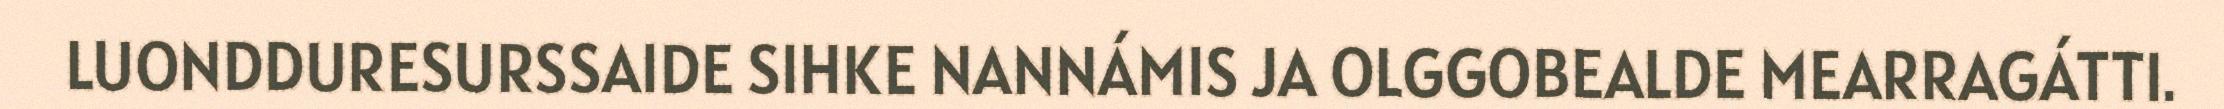
LUONDDURESURSSAIDE SIHKE NANNÁMIS JA OLGGOBEALDE MEARRAGÁTTI.